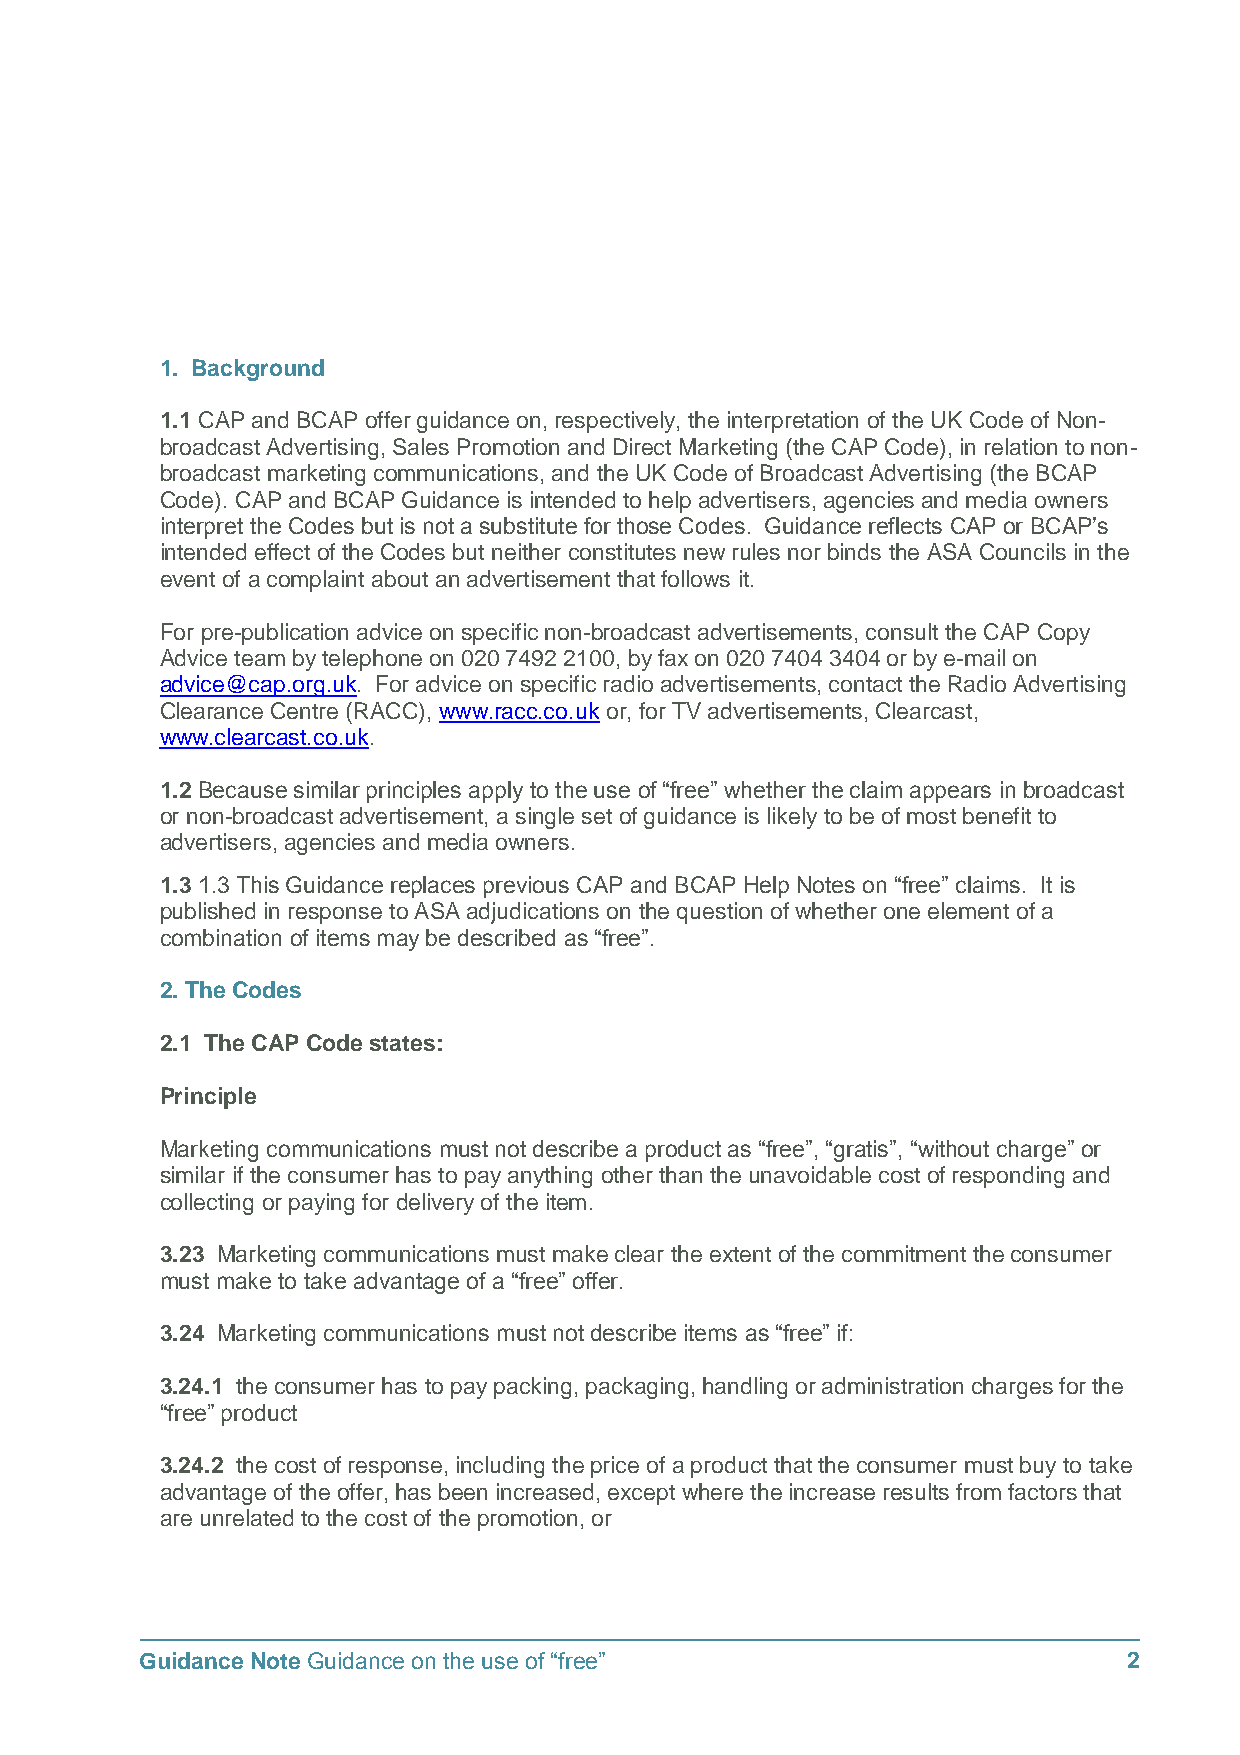
1. Background
 1.1 CAP and BCAP offer guidance on, respectively, the interpretation of the UK Code of Non-
 broadcast Advertising, Sales Promotion and Direct Marketing (the CAP Code), in relation to non-
 broadcast marketing communications, and the UK Code of Broadcast Advertising (the BCAP
 Code). CAP and BCAP Guidance is intended to help advertisers, agencies and media owners
 interpret the Codes but is not a substitute for those Codes. Guidance reflects CAP or BCAP’s
 intended effect of the Codes but neither constitutes new rules nor binds the ASA Councils in the
 event of a complaint about an advertisement that follows it.
 For pre-publication advice on specific non-broadcast advertisements, consult the CAP Copy
 Advice team by telephone on 020 7492 2100, by fax on 020 7404 3404 or by e-mail on
 advice@cap.org.uk. For advice on specific radio advertisements, contact the Radio Advertising
 Clearance Centre (RACC), www.racc.co.uk or, for TV advertisements, Clearcast,
 www.clearcast.co.uk.
 1.2 Because similar principles apply to the use of “free” whether the claim appears in broadcast
 or non-broadcast advertisement, a single set of guidance is likely to be of most benefit to
 advertisers, agencies and media owners.
 1.3 1.3 This Guidance replaces previous CAP and BCAP Help Notes on “free” claims. It is
 published in response to ASA adjudications on the question of whether one element of a
 combination of items may be described as “free”.
 2. The Codes
 2.1 The CAP Code states:
 Principle
 Marketing communications must not describe a product as “free”, “gratis”, “without charge” or
 similar if the consumer has to pay anything other than the unavoidable cost of responding and
 collecting or paying for delivery of the item.
 3.23 Marketing communications must make clear the extent of the commitment the consumer
 must make to take advantage of a “free” offer.
 3.24 Marketing communications must not describe items as “free” if:
 3.24.1 the consumer has to pay packing, packaging, handling or administration charges for the
 “free” product
 3.24.2 the cost of response, including the price of a product that the consumer must buy to take
 advantage of the offer, has been increased, except where the increase results from factors that
 are unrelated to the cost of the promotion, or
 Guidance Note Guidance on the use of “free”                       2